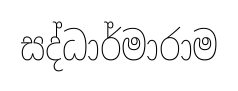
සද්ධාර්මාරාම